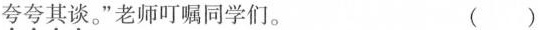
夸夸其谈。”老师叮嘱同学们。 ( )